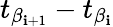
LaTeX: t_{\beta_{\mathbf{i}+1}}-t_{\beta_{\mathbf{i}}}